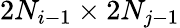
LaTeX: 2N_{i-1}\times 2N_{j-1}